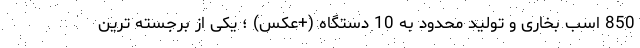
850 اسب بخاری و تولید محدود به 10 دستگاه (+عکس) ؛ یکی از برجسته ترین